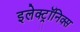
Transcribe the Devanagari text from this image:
इलेक्ट्रॉनिक्स